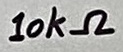
Text: 10kΩ